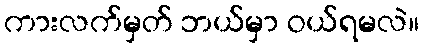
ကားလက်မှတ် ဘယ်မှာ ဝယ်ရမလဲ။